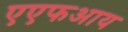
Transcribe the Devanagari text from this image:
एएफआय